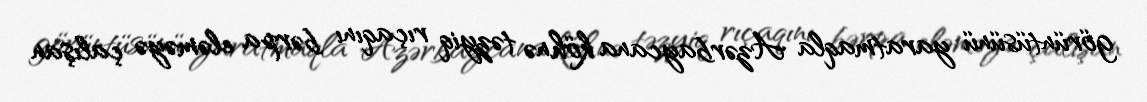
görüntüsünü yaratmaqla Azərbaycana köhnə təzyiq rıçaqını bərpa eləməyə çalışan